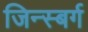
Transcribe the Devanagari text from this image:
जिन्स्बर्ग